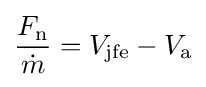
{\frac {F_{\text{n}}}{\dot {m}}}=V_{\text{jfe}}-V_{\text{a}}